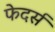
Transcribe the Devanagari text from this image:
फेदर्स